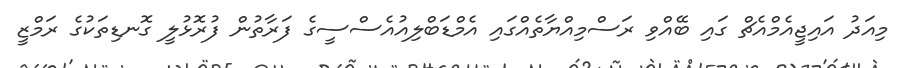
މިއަދު އައިޖީއެމްއެޗް ގައި ބޭއްވި ރަސްމިއްޔާތެއްގައި އެމްޑަބްލިއުއެސްސީގެ ފަރާތުން ފުރޮޅުލީ ގޮނޑިތަކުގެ ރަމްޒީ